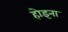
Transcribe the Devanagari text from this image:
होइना